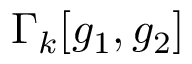
\Gamma _ { k } [ g _ { 1 } , g _ { 2 } ]